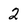
Character: 2